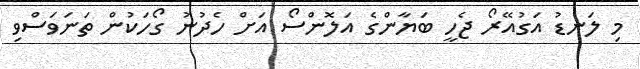
މި ލަނޑު އަގުއޭރޯ ޖެހީ ބަޔާންގެ އަލޮންސޯ އަށް ހެދުނު ގޯހަކުން ތަނަވަސްވި